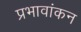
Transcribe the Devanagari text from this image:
प्रभावांकन